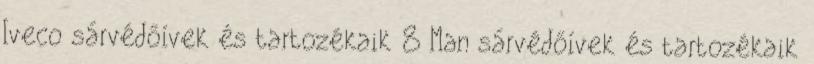
Iveco sárvédőívek és tartozékaik 8 Man sárvédőívek és tartozékaik